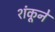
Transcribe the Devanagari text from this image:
शंकूने